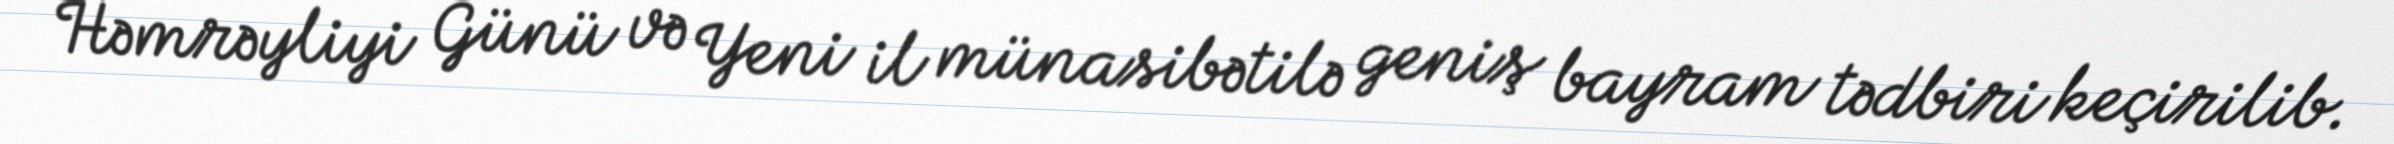
Həmrəyliyi Günü və Yeni il münasibətilə geniş bayram tədbiri keçirilib.